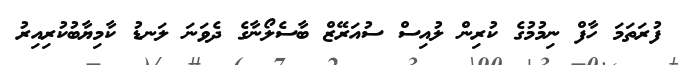
ފުރަތަމަ ހާފް ނިމުމުގެ ކުރިން ލުއިސް ސުއަރޭޒް ބާސެލޯނާގެ ދެވަނަ ލަނޑު ކާމިޔާބުކުރިއިރު